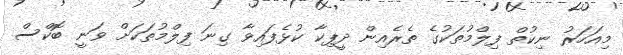
މިއަހަރު ނިކުތް ފިލްމުތަކުގެ ތެރެއިން ދީޕިކާ ކުޅެފައިވާ ގިނަ ފިލްމުތަކަށް ވަނީ ބޮކްސް